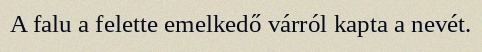
A falu a felette emelkedő várról kapta a nevét.